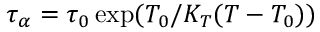
\tau _ { \alpha } = \tau _ { 0 } \exp ( T _ { 0 } / K _ { T } ( T - T _ { 0 } ) )